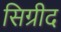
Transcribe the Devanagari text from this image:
सिग्रीद